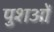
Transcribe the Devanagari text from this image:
पुशओं